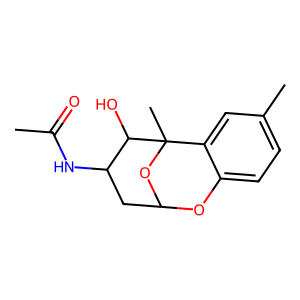
SMILES: CC(=O)NC1CC2Oc3ccc(C)cc3C(C)(O2)C1O
Inhibits HIV replication: No